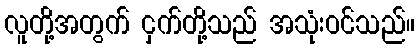
လူတို့အတွက် ငှက်တို့သည် အသုံးဝင်သည်။